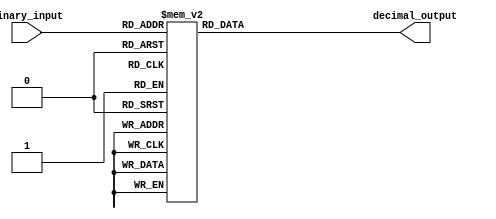
module decimal_decoder (
    input [3:0] binary_input,
    output reg [9:0] decimal_output
);

always @* begin
    case(binary_input)
        4'b0000: decimal_output = 10'b0000000001; //0
        4'b0001: decimal_output = 10'b0000000010; //1
        4'b0010: decimal_output = 10'b0000000100; //2
        4'b0011: decimal_output = 10'b0000001000; //3
        4'b0100: decimal_output = 10'b0000010000; //4
        4'b0101: decimal_output = 10'b0000100000; //5
        4'b0110: decimal_output = 10'b0001000000; //6
        4'b0111: decimal_output = 10'b0010000000; //7
        4'b1000: decimal_output = 10'b0100000000; //8
        4'b1001: decimal_output = 10'b1000000000; //9
        default: decimal_output = 10'b0000000000; //default value for invalid inputs
    endcase
end

endmodule